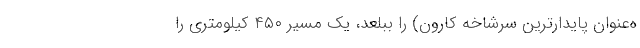
ه‌عنوان پایدارترین سرشاخه کارون) را ببلعد، یک مسیر ۴۵۰ کیلومتری را